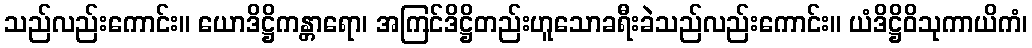
သည်လည်းကောင်း။ ယောဒိဋ္ဌိကန္တာရော၊ အကြင်ဒိဋ္ဌိတည်းဟူသောခရီးခဲသည်လည်းကောင်း။ ယံဒိဋ္ဌိဝိသုကာယိကံ၊